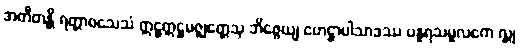
အတီတန္တိ ရတ္တာဝသေသံ ဣဋ္ဌဣဋ္ဌမဇ္ဈတ္တေသု ဘိဇ္ဇေယျ ဟေဋ္ဌာပါသာဒဿ ပန္နရသမူလကေ လ္တု